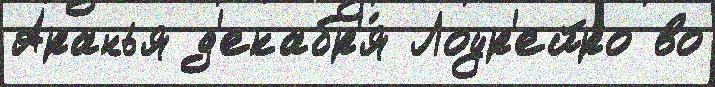
Аранья д'екабр'я́ Лоур'ейро во